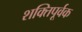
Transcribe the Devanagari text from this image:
शक्‍तिपूर्वक